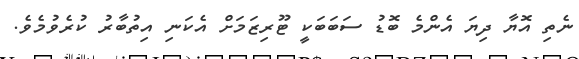
ނެތި އޮޔާ ދިޔަ އެންމެ ބޮޑު ސަބަބަކީ ޓޫރިޒަމަށް އެކަނި އިތުބާރު ކުރެވުމެވެ.